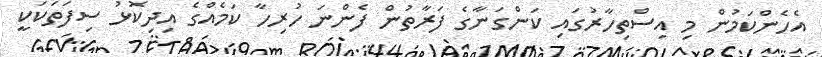
އެހެންކަމުން މި އިސްތިހާރުގައި ކަންގަނާގެ ފަރާތުން ފެންނަ ހުރިހާ ކަމެއްގެ އިދިކޮޅު ސިފަތަކަކީ